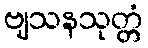
ဗျသနသုတ္တံ